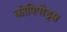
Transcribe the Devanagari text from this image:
कोपिपोड्स